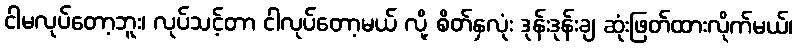
ငါမလုပ်တော့ဘူး၊ လုပ်သင့်တာ ငါလုပ်တော့မယ် လို့ စိတ်နှလုံး ဒုန်းဒုန်းချ ဆုံးဖြတ်ထားလိုက်မယ်၊